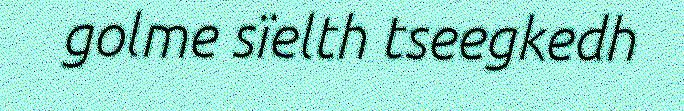
golme sïelth tseegkedh